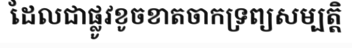
ដែលជាផ្លូវខូចខាតចាកទ្រព្យសម្បត្តិ